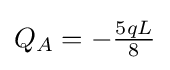
Q_{A}=-{\tfrac {5qL}{8}}